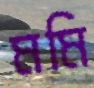
মমি